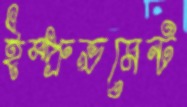
ইম্প্রুভমেন্ট